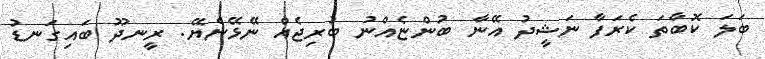
ބަލަ ކޮބާތަ ކެރަފާ ނަޝީދު އޭނާ ބުންޏެއްނު ބުރިޖެއް ނޭޅޭނެޔޭ. ރީނދޫ ބައިގަނޑު